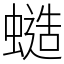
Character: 䗢